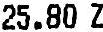
25.80 Z